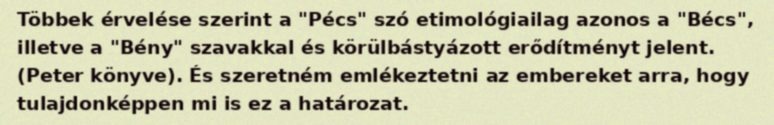
Többek érvelése szerint a "Pécs" szó etimológiailag azonos a "Bécs", illetve a "Bény" szavakkal és körülbástyázott erődítményt jelent. (Peter könyve). És szeretném emlékeztetni az embereket arra, hogy tulajdonképpen mi is ez a határozat.